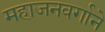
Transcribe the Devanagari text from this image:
महाजनवर्गाने